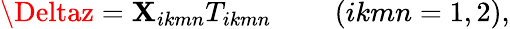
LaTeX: \Deltaz=\mathbf{X}_{ikmn}T_{ikmn}~~~~~~~~~(ikmn=1,2),